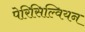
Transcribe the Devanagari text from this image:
पेरिसिल्वियन